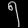
Digit: ၅